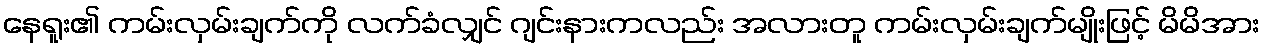
နေရူး၏ ကမ်းလှမ်းချက်ကို လက်ခံလျှင် ဂျင်းနားကလည်း အလားတူ ကမ်းလှမ်းချက်မျိုးဖြင့် မိမိအား